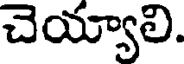
చెయ్యాలి.